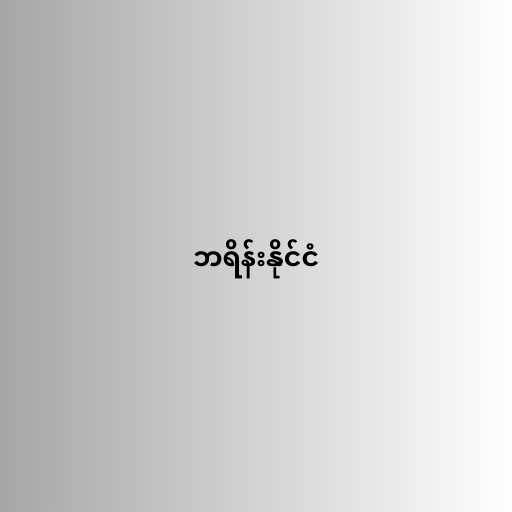
ဘရိန်းနိုင်ငံ